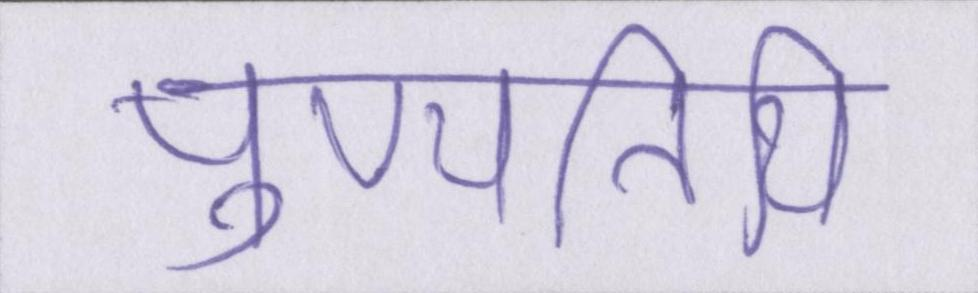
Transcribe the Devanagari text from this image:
पुण्यतिथि